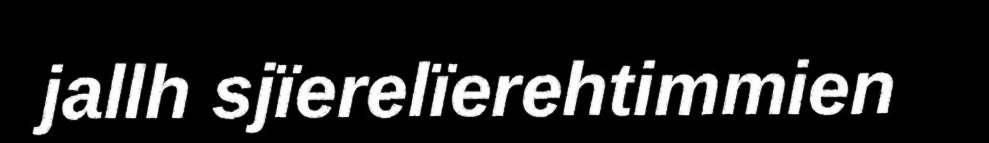
jallh sjïerelïerehtimmien